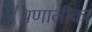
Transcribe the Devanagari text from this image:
प्रणालीका